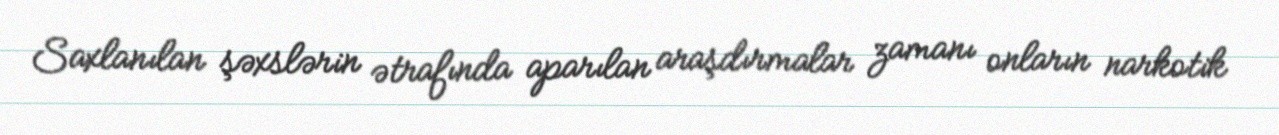
Saxlanılan şəxslərin ətrafında aparılan araşdırmalar zamanı onların narkotik